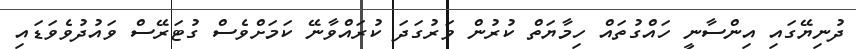
ދުނިޔޭގައި އިންސާނީ ހައްގުތައް ހިމާޔަތް ކުރުން ވަރުގަދަ ކުރައްވާނޭ ކަމަށްވެސް ގުޓަރޭސް ވައުދުވެވަޑައި